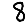
Digit: 8